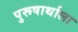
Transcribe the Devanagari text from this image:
पुरूषार्थाला